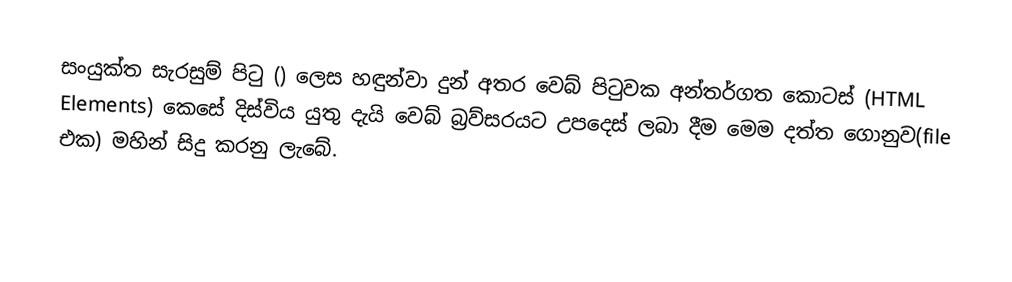
සංයුක්ත සැරසුම් පි‍ටු () ලෙස හඳුන්වා දුන් අතර වෙබ් පි‍ටුවක අන්තර්ගත කොටස් (HTML Elements) කෙසේ දිස්විය යුතු දැයි වෙබ් බ්‍රව්සරයට උපදෙස් ලබා දීම මෙම දත්ත ගොනුව(file එක) මහින් සිදු කරනු ලැබේ.